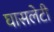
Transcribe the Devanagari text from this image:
घासलेटी